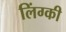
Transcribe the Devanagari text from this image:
लिंग्‍की